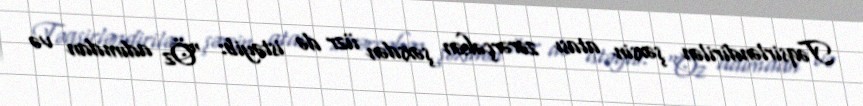
Təqsirləndirilən şəxsin atası zərərçəkən şəxsdən üzr də istəyib: “Öz adımdan və